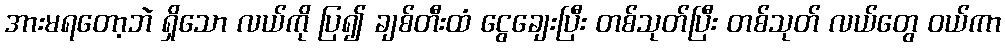
အားမရတော့ဘဲ ရှိသော လယ်ကို ပြ၍ ချစ်တီးထံ ငွေချေးပြီး တစ်သုတ်ပြီး တစ်သုတ် လယ်တွေ ဝယ်ကာ